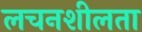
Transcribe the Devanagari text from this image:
लचनशीलता